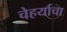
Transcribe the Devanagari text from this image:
चेहर्याचा